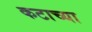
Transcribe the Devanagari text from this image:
कटाच्या